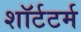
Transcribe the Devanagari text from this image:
शॉर्टटर्म